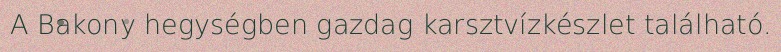
A Bakony hegységben gazdag karsztvízkészlet található.